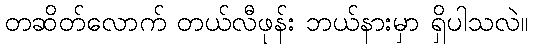
တဆိတ်လောက် တယ်လီဖုန်း ဘယ်နားမှာ ရှိပါသလဲ။